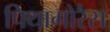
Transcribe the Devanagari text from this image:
पिथागोरैस